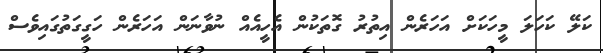
ކަލޭ ކަހަލަ މީހަކަށް އަހަރެން އިތުރު ގޮތަކުން އެހީއެއް ނުވާނަން އަހަރެން ހަގީގަތުގައިވެސް